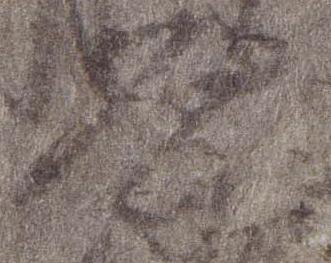
原